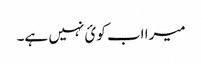
میرا اب کوئ نہیں ہے۔